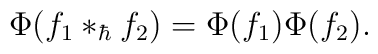
\Phi (f_{1} \ast_{\hbar} f_{2} ) = \Phi(f_{1})\Phi(f_{2}).